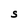
Character: S